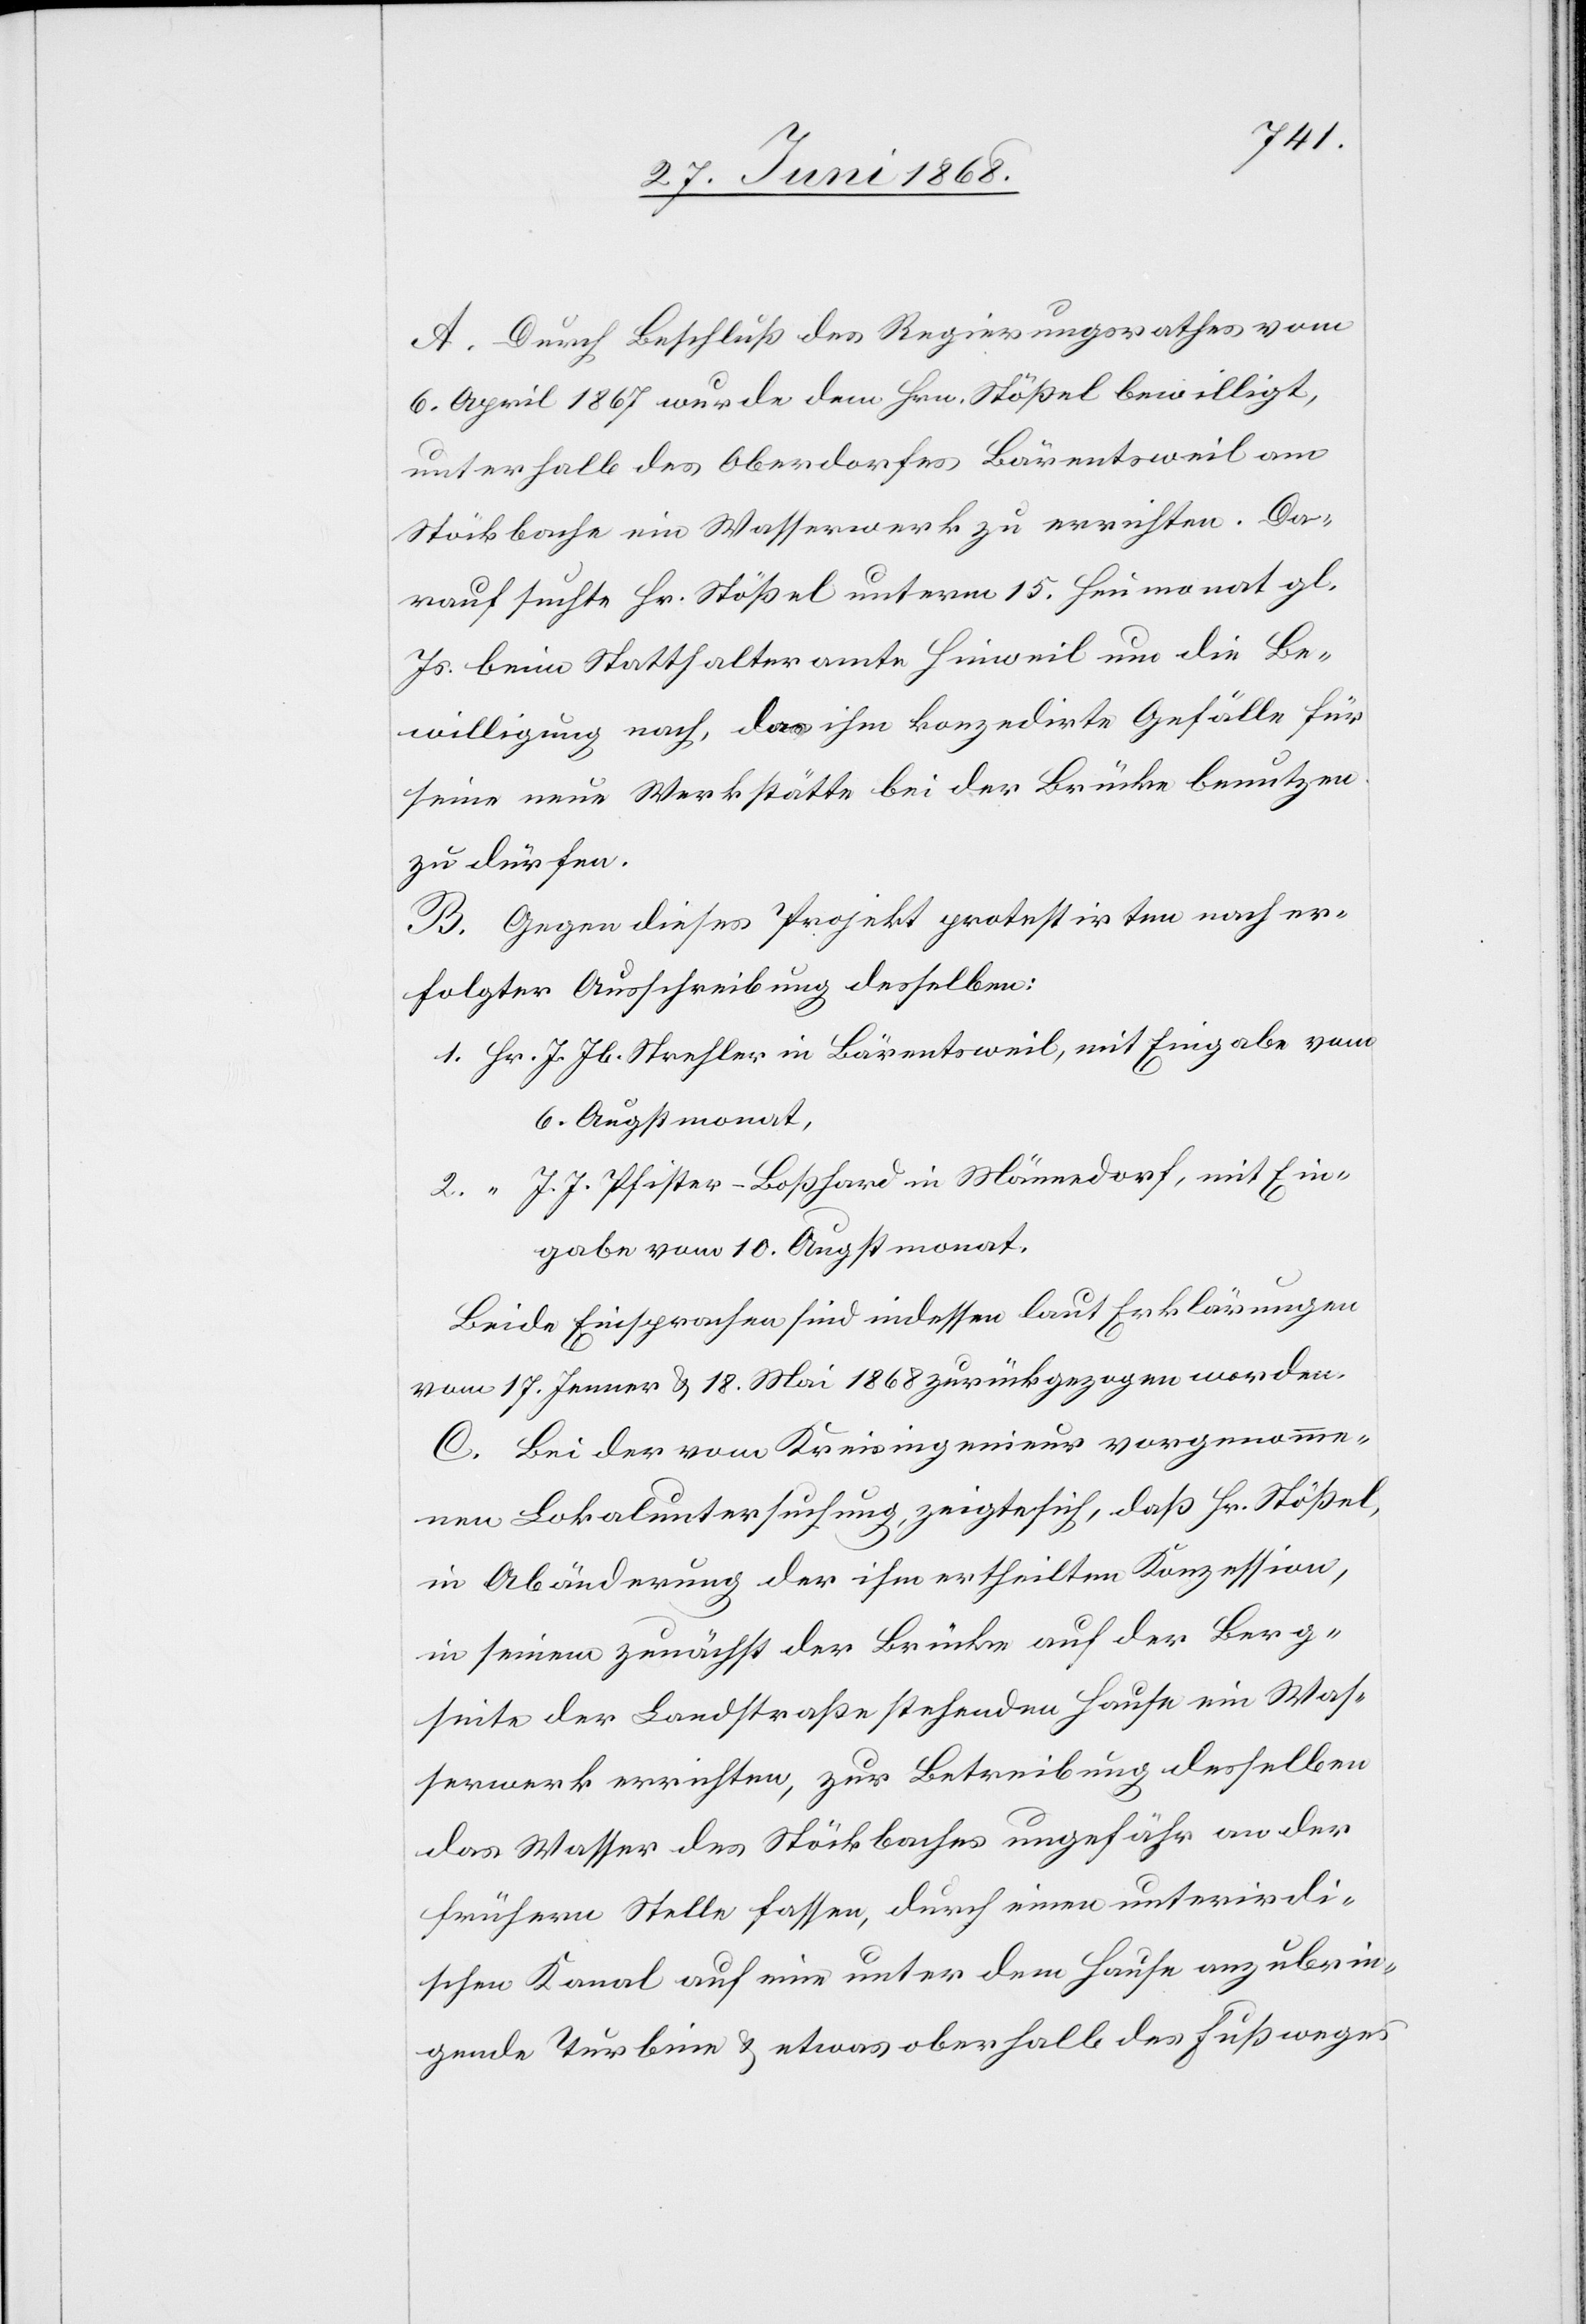
A. Durch Beschluß des Regierungsrathes vom
6. April 1867 wurde dem Hrn. Stößel bewilligt,
unterhalb des Oberdorfes Bärentsweil am
Stöckbache ein Wasserwerk zu errichten. Da¬
rauf suchte Hr. Stößel unterm 15. Heumonat gl.
Js. beim Statthalteramte Hinweil um die Be¬
willigung nach, das ihm konzedirte Gefälle für
seine neue Werkstätte bei der Brücke benutzen
zu dürfen.
B. Gegen dieses Projekt protestirten nach er¬
folgter Ausschreibung desselben:
1. Hr. J. Jb. Strehler in Bärentsweil, mit Eingabe vom
6. Augstmonat,
J. J. Pfister-Boßhard in Männedorf, mit Ein¬
2. “
gabe vom 10. Augstmonat.
Beide Einsprachen sind indessen laut Erklärungen
vom 17. Jenner & 18. Mai 1868 zurückgezogen worden.
C. Bei der vom Kreisingenieur vorgenomme¬
nen Lokaluntersuchung, zeigte sich, daß Hr. Stößel,
in Abänderung der ihm ertheilten Konzession,
in seinem zunächst der Brücke auf der Berg¬
seite der Landstraße stehenden Hause ein Was¬
serwerk errichten, zur Betreibung desselben
das Wasser des Stöckbaches ungefähr an der
frühern Stelle fassen, durch einen unterirdi¬
schen Kanal auf eine unter dem Hause anzubrin¬
gende Turbine & etwas oberhalb des Fußweges